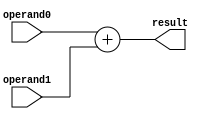
module adder(
    input [7:0] operand0,
    input [7:0] operand1,
    output [7:0] result
    );
/*initial begin
	result = 8'b0;
	operand0 = 8'b0;
	operand1 = 8'b0;
end*/
reg [7:0]result;
always @(operand0 or operand1 or result)
begin
	result <= operand0 + operand1;
end

	/*TODO: Add your logic code here*/

endmodule